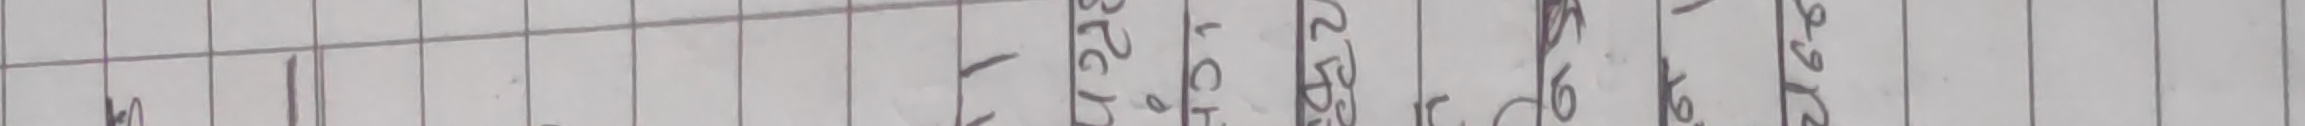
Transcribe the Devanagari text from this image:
म अ आ इ ई उ ऊ ऋ ए ऐ ओ औ अं अः